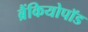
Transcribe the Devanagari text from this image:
ब्रैंकियोपॉड